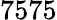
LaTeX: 7575